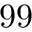
9 9